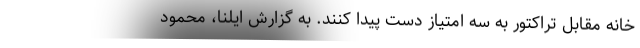
خانه مقابل تراکتور به سه امتیاز دست پیدا کنند. به گزارش ایلنا، محمود